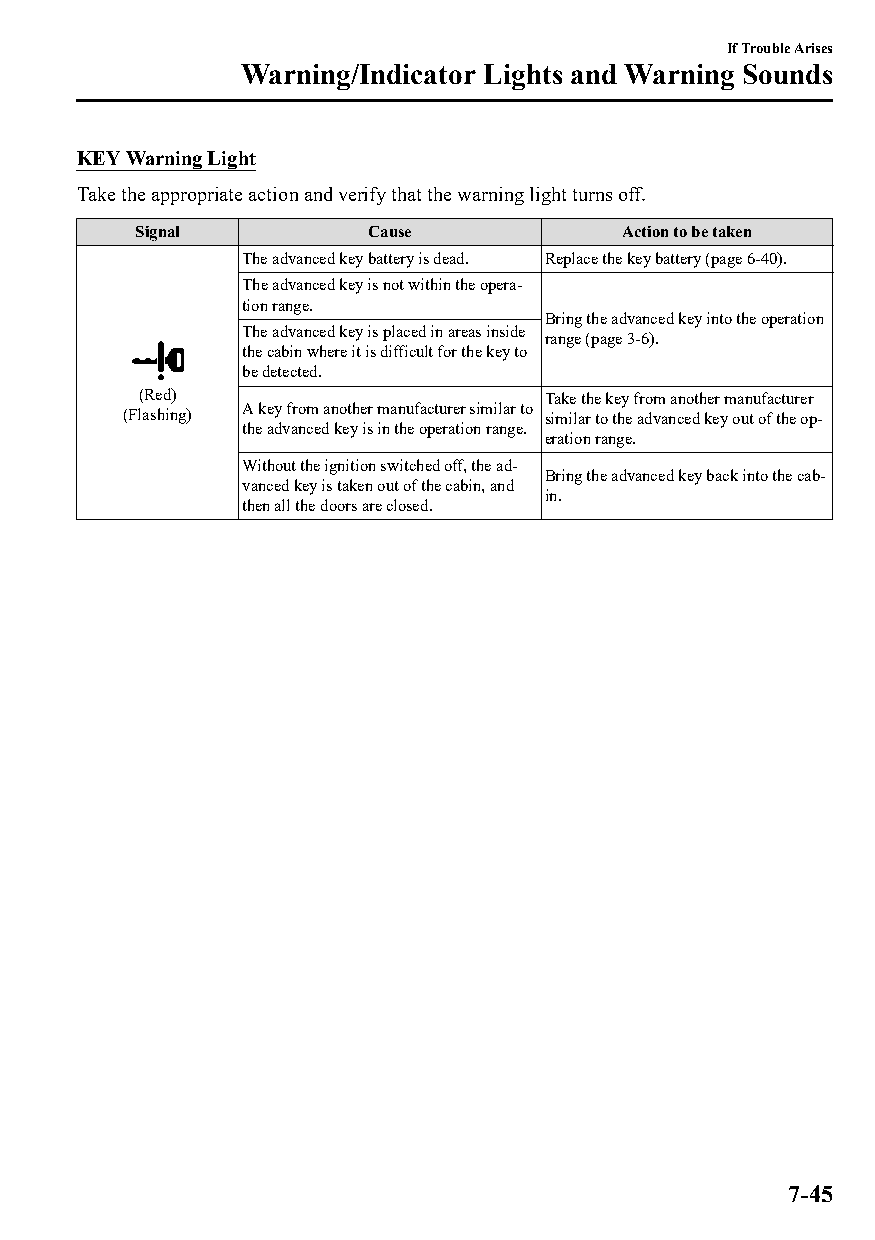
If Trouble Arises
 Warning/Indicator Lights and Warning Sounds
 KEY Warning Light
 Take the appropriate action and verify that the warning light turns off.
 Signal         Cause            Action to be taken
 The advanced key battery is dead. Replace the key battery (page 6-40).
 The advanced key is not within the opera‐
 tion range.
 Bring the advanced key into the operation
 The advanced key is placed in areas inside
 range (page 3-6).
 the cabin where it is difficult for the key to
 be detected.
 (Red)                      Take the key from another manufacturer
 (Flashing) A key from another manufacturer similar to similar to the advanced key out of the op‐
 the advanced key is in the operation range.
 eration range.
 Without the ignition switched off, the ad‐
 Bring the advanced key back into the cab‐
 vanced key is taken out of the cabin, and
 in.
 then all the doors are closed.
 7-45
 CX-3_8GT4-EE-18D_Edition4                  2018-9-6 18:32:19